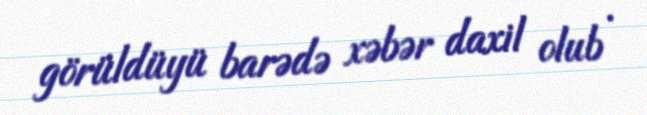
görüldüyü barədə xəbər daxil olub .